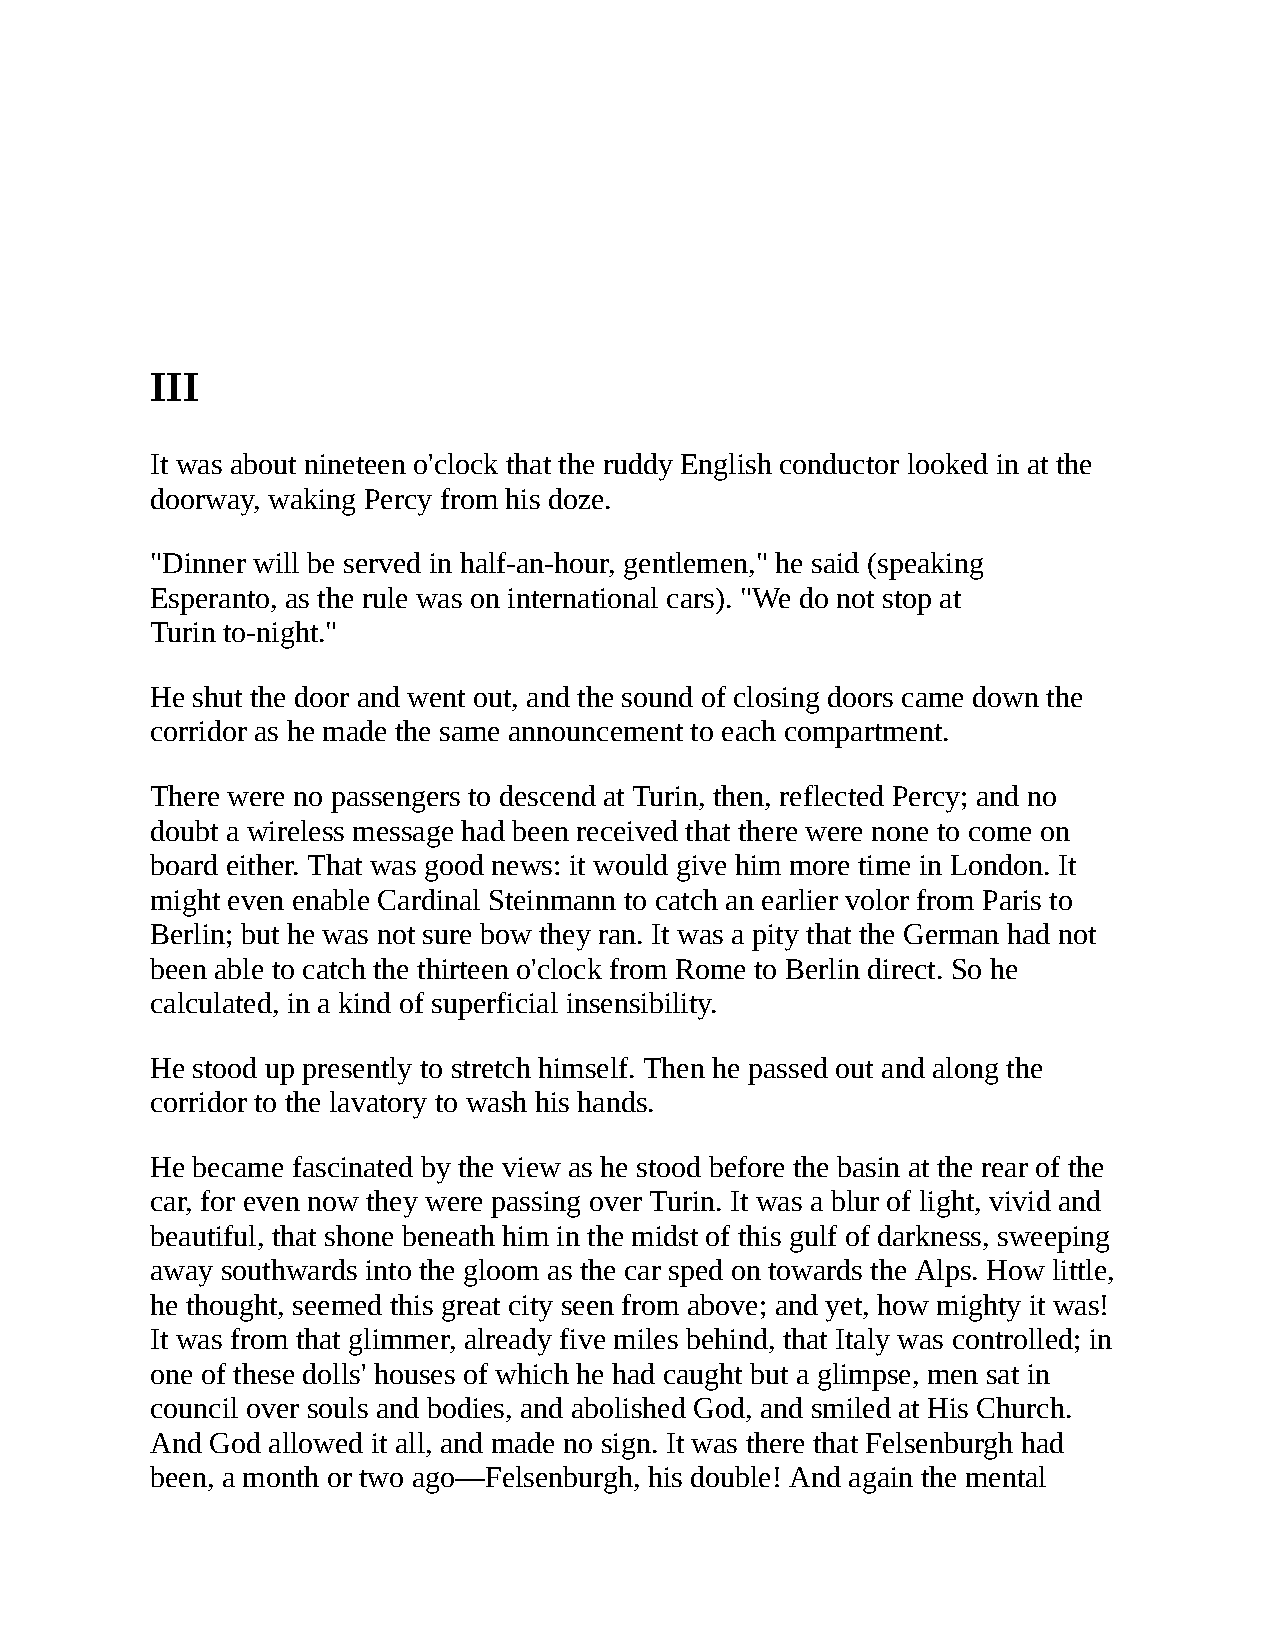
III
 It was about nineteen o'clock that the ruddy English conductor looked in at the
 doorway, waking Percy from his doze.
 "Dinner will be served in half-an-hour, gentlemen," he said (speaking
 Esperanto, as the rule was on international cars). "We do not stop at
 Turin to-night."
 He shut the door and went out, and the sound of closing doors came down the
 corridor as he made the same announcement to each compartment.
 There were no passengers to descend at Turin, then, reflected Percy; and no
 doubt a wireless message had been received that there were none to come on
 board either. That was good news: it would give him more time in London. It
 might even enable Cardinal Steinmann to catch an earlier volor from Paris to
 Berlin; but he was not sure bow they ran. It was a pity that the German had not
 been able to catch the thirteen o'clock from Rome to Berlin direct. So he
 calculated, in a kind of superficial insensibility.
 He stood up presently to stretch himself. Then he passed out and along the
 corridor to the lavatory to wash his hands.
 He became fascinated by the view as he stood before the basin at the rear of the
 car, for even now they were passing over Turin. It was a blur of light, vivid and
 beautiful, that shone beneath him in the midst of this gulf of darkness, sweeping
 away southwards into the gloom as the car sped on towards the Alps. How little,
 he thought, seemed this great city seen from above; and yet, how mighty it was!
 It was from that glimmer, already five miles behind, that Italy was controlled; in
 one of these dolls' houses of which he had caught but a glimpse, men sat in
 council over souls and bodies, and abolished God, and smiled at His Church.
 And God allowed it all, and made no sign. It was there that Felsenburgh had
 been, a month or two ago—Felsenburgh, his double! And again the mental